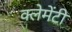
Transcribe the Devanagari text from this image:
क्लेमेंटी